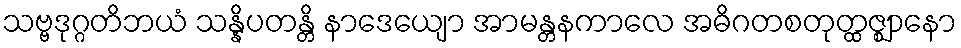
သဗ္ဗဒုဂ္ဂတိဘယံ သန္နိပတန္တိ နာဒေယျော အာမန္တနကာလေ အဓိဂတစတုတ္ထဇ္ဈာနော